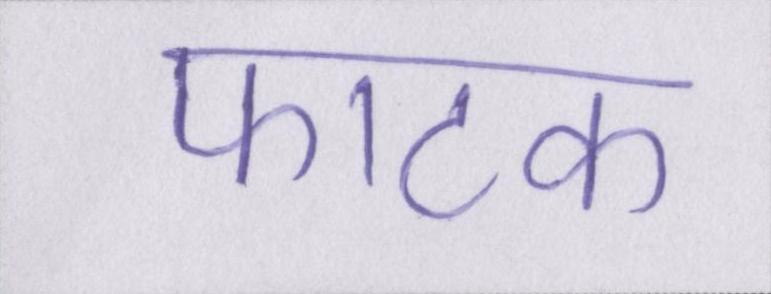
फाटक